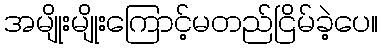
အမျိုးမျိုးကြောင့်မတည်ငြိမ်ခဲ့ပေ။